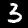
Label: 3